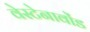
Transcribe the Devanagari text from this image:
वेस्टेनावोंड